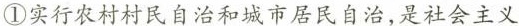
①实行农村村民自治和城市居民自治，是社会主义